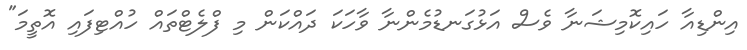
އިންޑިއާ ހައިކޮމިޝަނާ ވެސް އަޅުގަނޑުމެންނާ ވާހަކަ ދައްކަން މި ފްލެޓްތައް ހުއްޓިފައި އޮތީމަ"